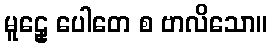
မူဠှေ ပေါတေ စ ဗာလိသော။